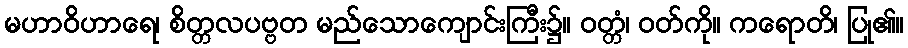
မဟာဝိဟာရေ၊ စိတ္တလပဗ္ဗတ မည်သောကျောင်းကြီး၌။ ဝတ္တံ၊ ဝတ်ကို။ ကရောတိ၊ ပြု၏။